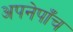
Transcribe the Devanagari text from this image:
अपनेपाँच